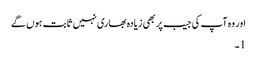
اور وہ آپ کی جیب پر بھی زیادہ بھاری نہیں ثابت ہوں گے
1۔